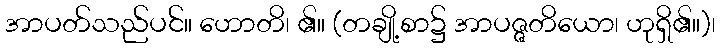
အာပတ်သည်ပင်။ ဟောတိ၊ ၏။ (တချို့စာ၌ အာပဇ္ဇတိယော၊ ဟုရှိ၏။)၊